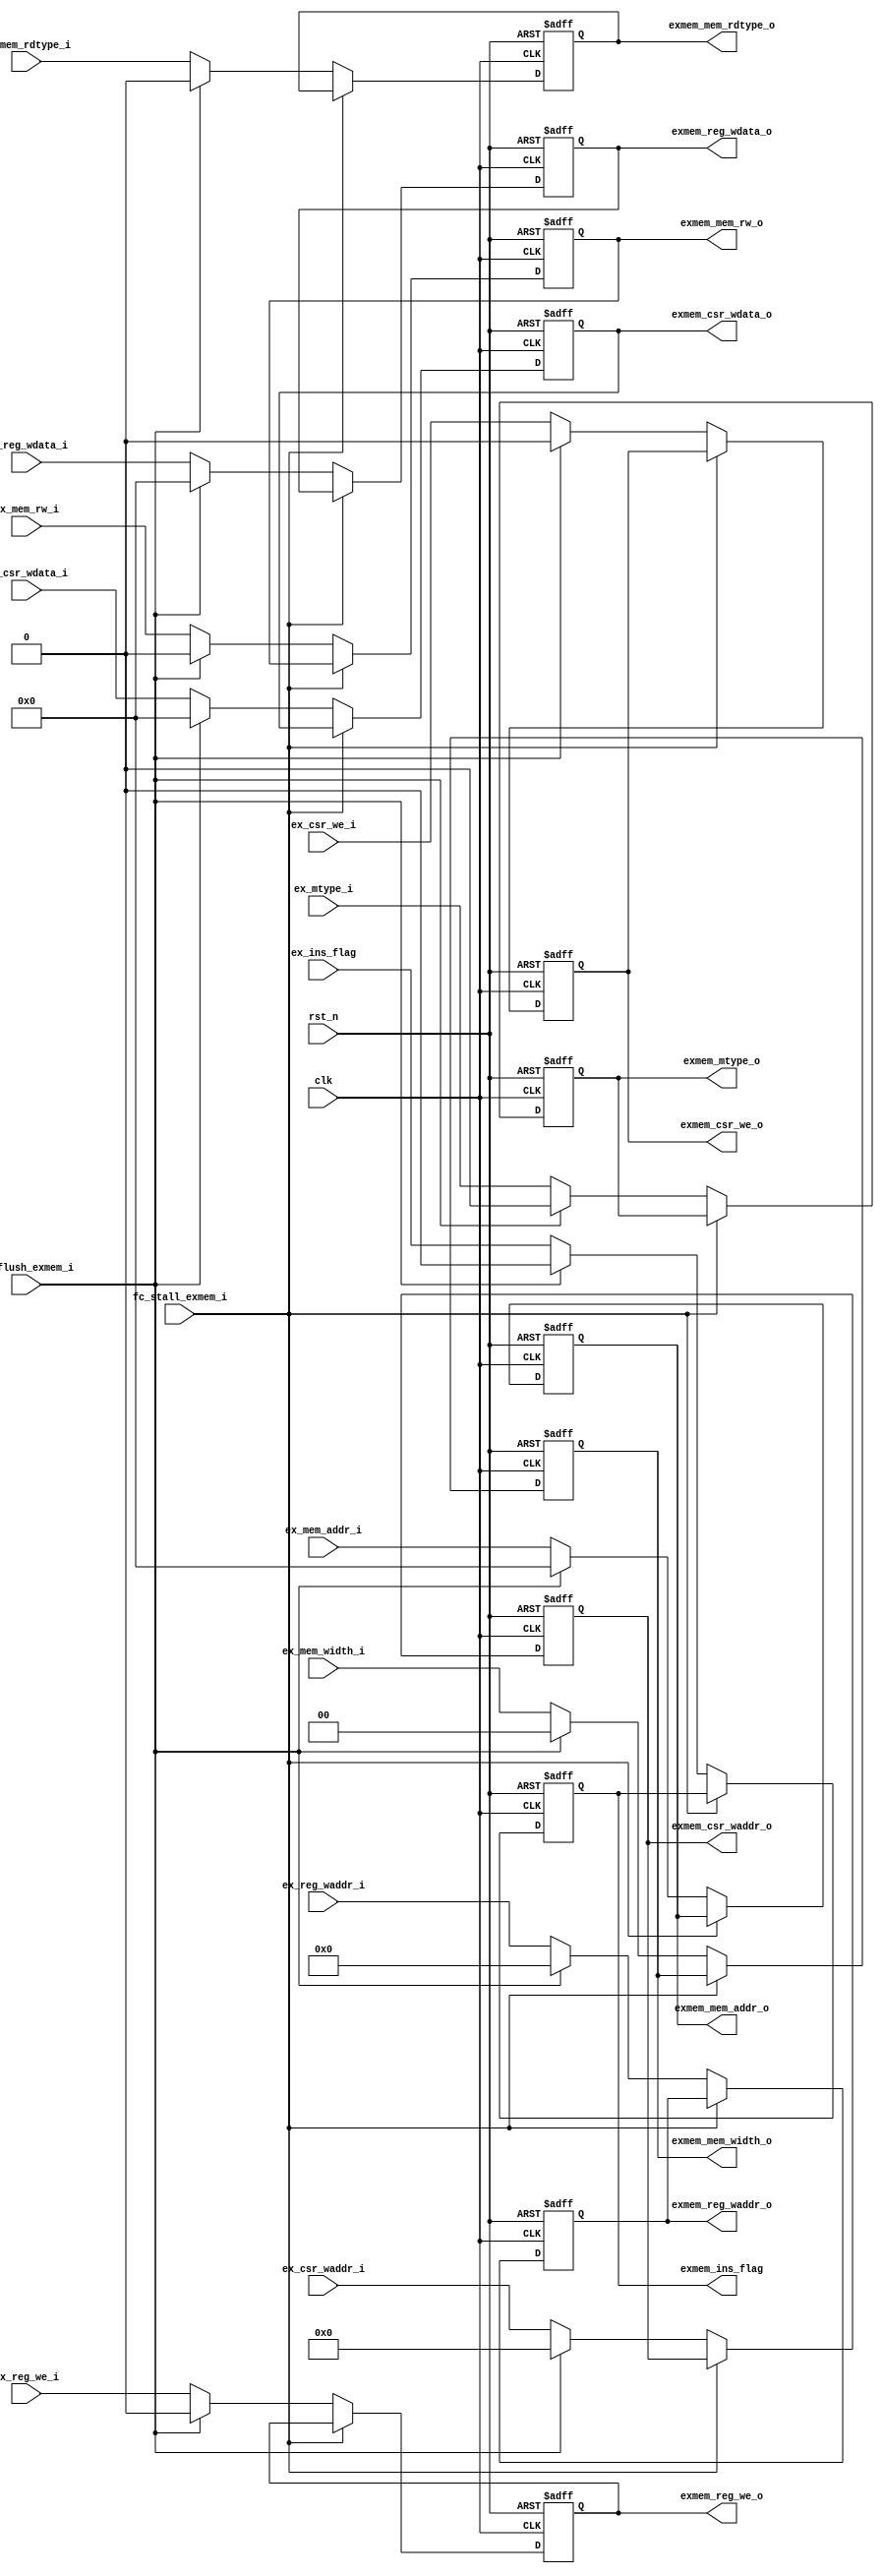
module ex_mem_reg (
    input   wire                    clk,
    input   wire                    rst_n,
    //from ex
    input   wire            [31:0]  ex_reg_wdata_i,
    input   wire            [4:0]   ex_reg_waddr_i,
    input   wire                    ex_reg_we_i,

    input   wire            [31:0]  ex_csr_wdata_i,
    input   wire            [11:0]  ex_csr_waddr_i,
    input   wire                    ex_csr_we_i,


    input   wire                    ex_mtype_i,  
    input   wire                    ex_mem_rw_i, 
    input   wire            [1:0]   ex_mem_width_i,
    input   wire            [31:0]  ex_mem_addr_i,
    input   wire                    ex_mem_rdtype_i,

    input   wire                    ex_ins_flag,

    //to mem
    output  reg             [31:0]  exmem_reg_wdata_o,
    output  reg             [4:0]   exmem_reg_waddr_o,
    output  reg                     exmem_reg_we_o,

    output  reg             [31:0]  exmem_csr_wdata_o,
    output  reg             [11:0]  exmem_csr_waddr_o,
    output  reg                     exmem_csr_we_o,

    output  reg                     exmem_mtype_o,          
    output  reg                     exmem_mem_rw_o,        
    output  reg             [1:0]   exmem_mem_width_o, 
    output  reg             [31:0]  exmem_mem_addr_o,
    output  reg                     exmem_mem_rdtype_o,


    output  reg                     exmem_ins_flag,
    //from fc
    input   wire                    fc_flush_exmem_i,
    input   wire                    fc_stall_exmem_i
);



    always@(posedge clk or negedge rst_n)begin

        if(rst_n == 1'b0)begin
            exmem_reg_wdata_o <= 32'h0;
            exmem_reg_waddr_o <= 5'h0;
            exmem_reg_we_o <= 1'b0;

            exmem_csr_wdata_o <= 32'h0;
            exmem_csr_waddr_o <= 12'h0;
            exmem_csr_we_o <= 1'b0;


            exmem_mtype_o <= 1'b0;
            exmem_mem_rw_o <= 1'b0;
            exmem_mem_width_o <= 2'b0;
            exmem_mem_addr_o <= 32'd0;
            exmem_mem_rdtype_o <= 1'b0;

            exmem_ins_flag <= 1'b0;
        end
        else if(fc_stall_exmem_i == 1'b1)begin
            exmem_reg_wdata_o <= exmem_reg_wdata_o;
            exmem_reg_waddr_o <= exmem_reg_waddr_o;
            exmem_reg_we_o <= exmem_reg_we_o;

            exmem_csr_wdata_o <= exmem_csr_wdata_o;
            exmem_csr_waddr_o <= exmem_csr_waddr_o;
            exmem_csr_we_o <= exmem_csr_we_o;

            exmem_mtype_o <= exmem_mtype_o;
            exmem_mem_rw_o <= exmem_mem_rw_o;
            exmem_mem_width_o <= exmem_mem_width_o;
            exmem_mem_addr_o <= exmem_mem_addr_o;
            exmem_mem_rdtype_o <= exmem_mem_rdtype_o;

            exmem_ins_flag <= exmem_ins_flag;
        end
        else if(fc_flush_exmem_i == 1'b1)begin
            exmem_reg_wdata_o <= 32'h0;
            exmem_reg_waddr_o <= 5'h0;
            exmem_reg_we_o <= 1'b0;

            exmem_csr_wdata_o <= 32'h0;
            exmem_csr_waddr_o <= 12'h0;
            exmem_csr_we_o <= 1'b0;

            exmem_mtype_o <= 1'b0;
            exmem_mem_rw_o <= 1'b0;
            exmem_mem_width_o <= 2'b0;
            exmem_mem_addr_o <= 32'd0;
            exmem_mem_rdtype_o <= 1'd0;

            exmem_ins_flag <= 1'b0;
        end
        else begin
            exmem_reg_wdata_o <= ex_reg_wdata_i;
            exmem_reg_waddr_o <= ex_reg_waddr_i;
            exmem_reg_we_o <= ex_reg_we_i;

            exmem_csr_wdata_o <= ex_csr_wdata_i;
            exmem_csr_waddr_o <= ex_csr_waddr_i;
            exmem_csr_we_o <= ex_csr_we_i;

            exmem_mtype_o <= ex_mtype_i;
            exmem_mem_rw_o <= ex_mem_rw_i;
            exmem_mem_width_o <= ex_mem_width_i;
            exmem_mem_addr_o <= ex_mem_addr_i;
            exmem_mem_rdtype_o <= ex_mem_rdtype_i;

            exmem_ins_flag <= ex_ins_flag;
                
        end
        
    end



endmodule